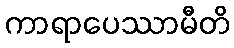
ကာရာပေဿာမီတိ